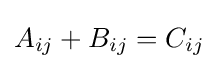
A_{ij}+B_{ij}=C_{ij}